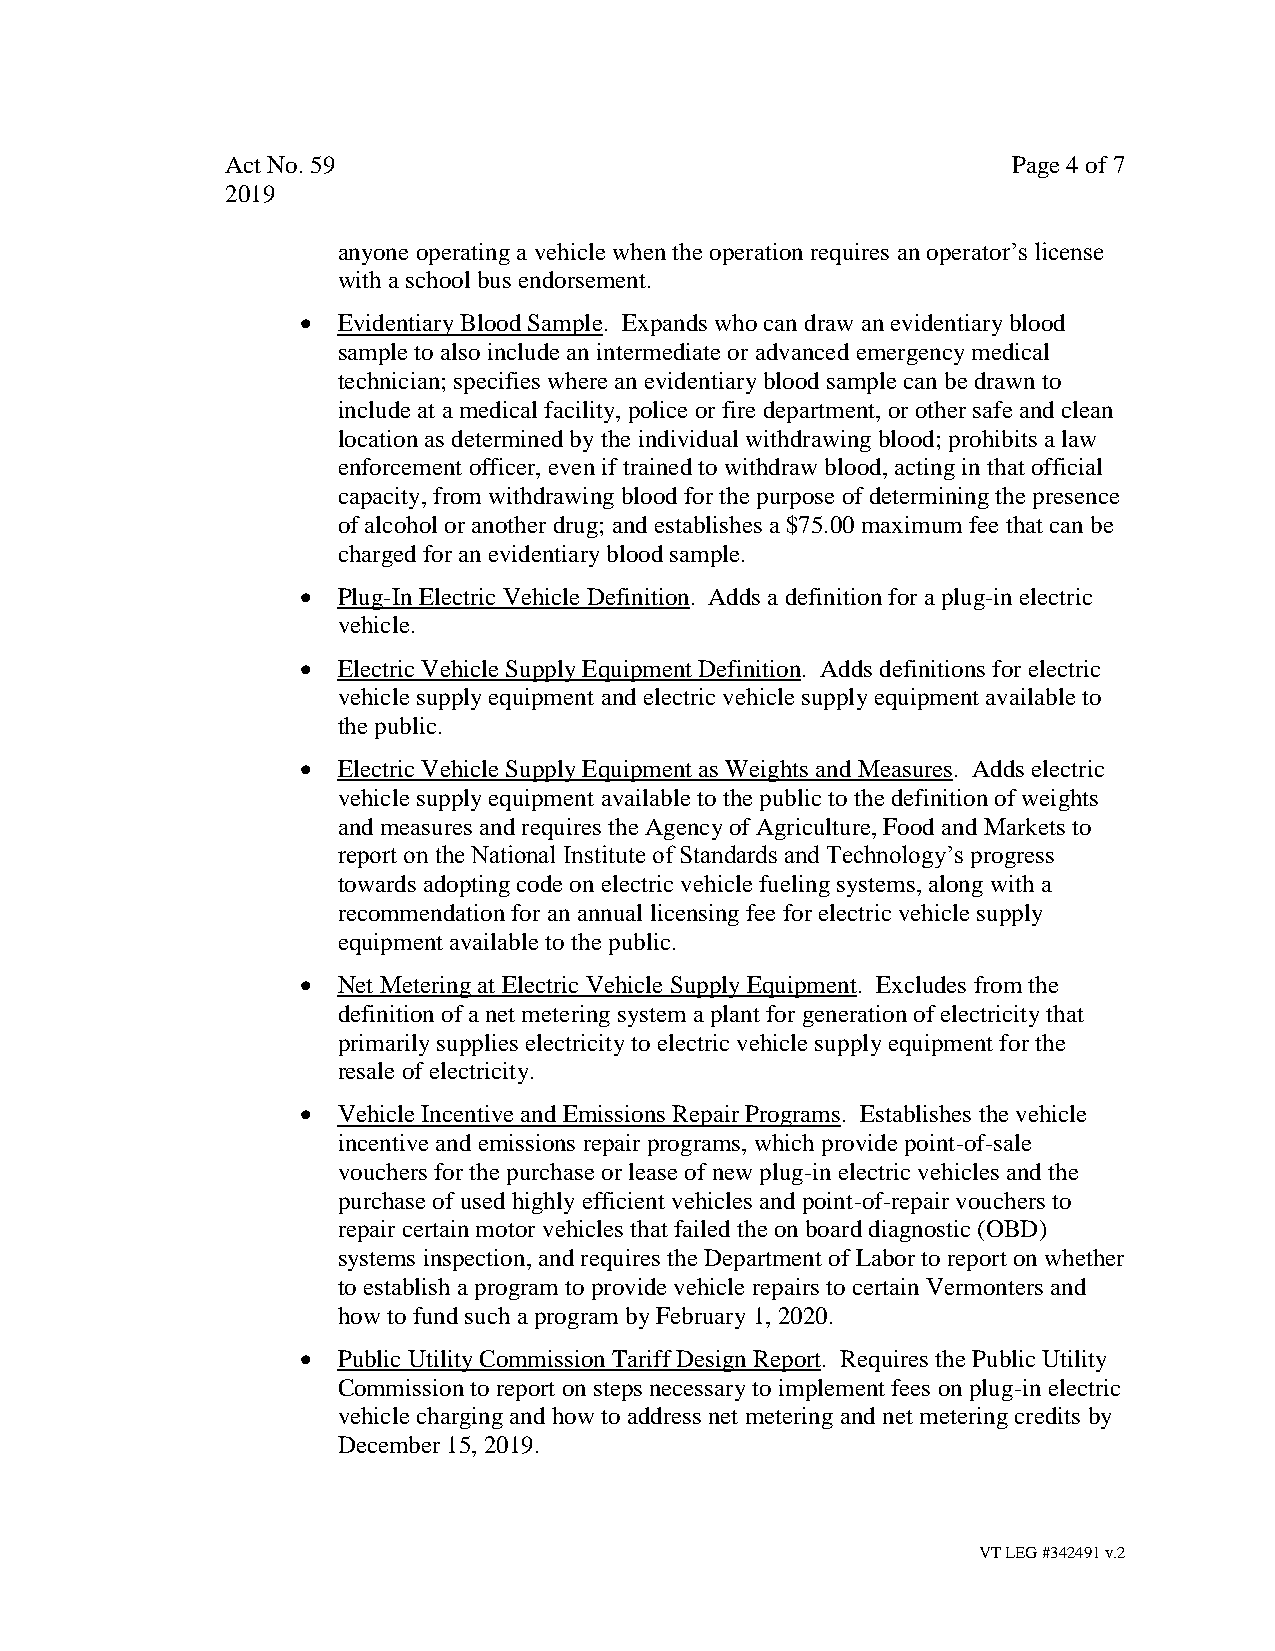
Act No. 59                                          Page 4 of 7
 2019
 anyone operating a vehicle when the operation requires an operator’s license
 with a school bus endorsement.
 • Evidentiary Blood Sample. Expands who can draw an evidentiary blood
 sample to also include an intermediate or advanced emergency medical
 technician; specifies where an evidentiary blood sample can be drawn to
 include at a medical facility, police or fire department, or other safe and clean
 location as determined by the individual withdrawing blood; prohibits a law
 enforcement officer, even if trained to withdraw blood, acting in that official
 capacity, from withdrawing blood for the purpose of determining the presence
 of alcohol or another drug; and establishes a $75.00 maximum fee that can be
 charged for an evidentiary blood sample.
 • Plug-In Electric Vehicle Definition. Adds a definition for a plug-in electric
 vehicle.
 • Electric Vehicle Supply Equipment Definition. Adds definitions for electric
 vehicle supply equipment and electric vehicle supply equipment available to
 the public.
 • Electric Vehicle Supply Equipment as Weights and Measures. Adds electric
 vehicle supply equipment available to the public to the definition of weights
 and measures and requires the Agency of Agriculture, Food and Markets to
 report on the National Institute of Standards and Technology’s progress
 towards adopting code on electric vehicle fueling systems, along with a
 recommendation for an annual licensing fee for electric vehicle supply
 equipment available to the public.
 • Net Metering at Electric Vehicle Supply Equipment. Excludes from the
 definition of a net metering system a plant for generation of electricity that
 primarily supplies electricity to electric vehicle supply equipment for the
 resale of electricity.
 • Vehicle Incentive and Emissions Repair Programs. Establishes the vehicle
 incentive and emissions repair programs, which provide point-of-sale
 vouchers for the purchase or lease of new plug-in electric vehicles and the
 purchase of used highly efficient vehicles and point-of-repair vouchers to
 repair certain motor vehicles that failed the on board diagnostic (OBD)
 systems inspection, and requires the Department of Labor to report on whether
 to establish a program to provide vehicle repairs to certain Vermonters and
 how to fund such a program by February 1, 2020.
 • Public Utility Commission Tariff Design Report. Requires the Public Utility
 Commission to report on steps necessary to implement fees on plug-in electric
 vehicle charging and how to address net metering and net metering credits by
 December 15, 2019.
 VT LEG #342491 v.2